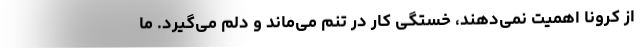
از کرونا اهمیت نمی‌دهند، خستگی کار در تنم می‌ماند و دلم می‌گیرد. ما